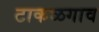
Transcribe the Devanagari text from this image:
टाकळगाव